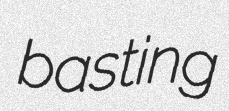
basting